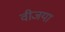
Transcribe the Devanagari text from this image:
वीजया